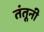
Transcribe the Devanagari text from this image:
तंतूनी